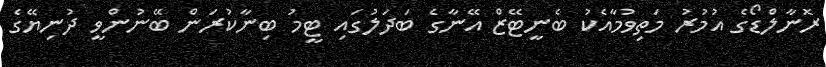
ރޮނާލްޑޯގެ އުމުރު މަތިވުމާއެކު ބެނީޓޭޒް އޭނާގެ ބަދަލުގައި ޓީމު ބިނާކުރަން ބޭނުންވީ ދުނިޔޭގެ